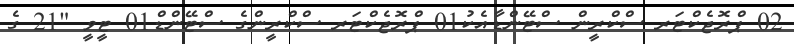
02 ޕްރޮޖެކްޓަރ ސްކްރީން ސްޓޭންޑާއެކު01 ޕްރޮޖެކްޓަރ ސްކްރީންގެ ސްޓޭންޑް01 ޓީވީ "21 ގެ